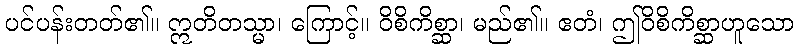
ပင်ပန်းတတ်၏။ ဣတိတသ္မာ၊ ကြောင့်။ ဝိစိကိစ္ဆာ၊ မည်၏။ ဧတံ၊ ဤဝိစိကိစ္ဆာဟူသော